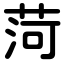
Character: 菏